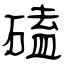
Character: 磕